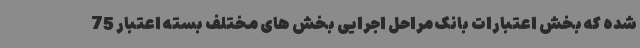
شده که بخش اعتبارات بانک مراحل اجرایی بخش های مختلف بسته اعتبار 75